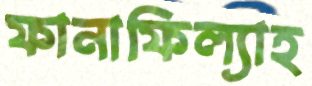
ফানাফিল্যাহ